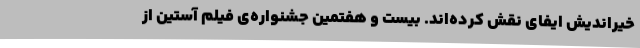
خیراندیش ایفای نقش کرده‌اند. بیست و هفتمین جشنواره‌ی فیلم آستین از